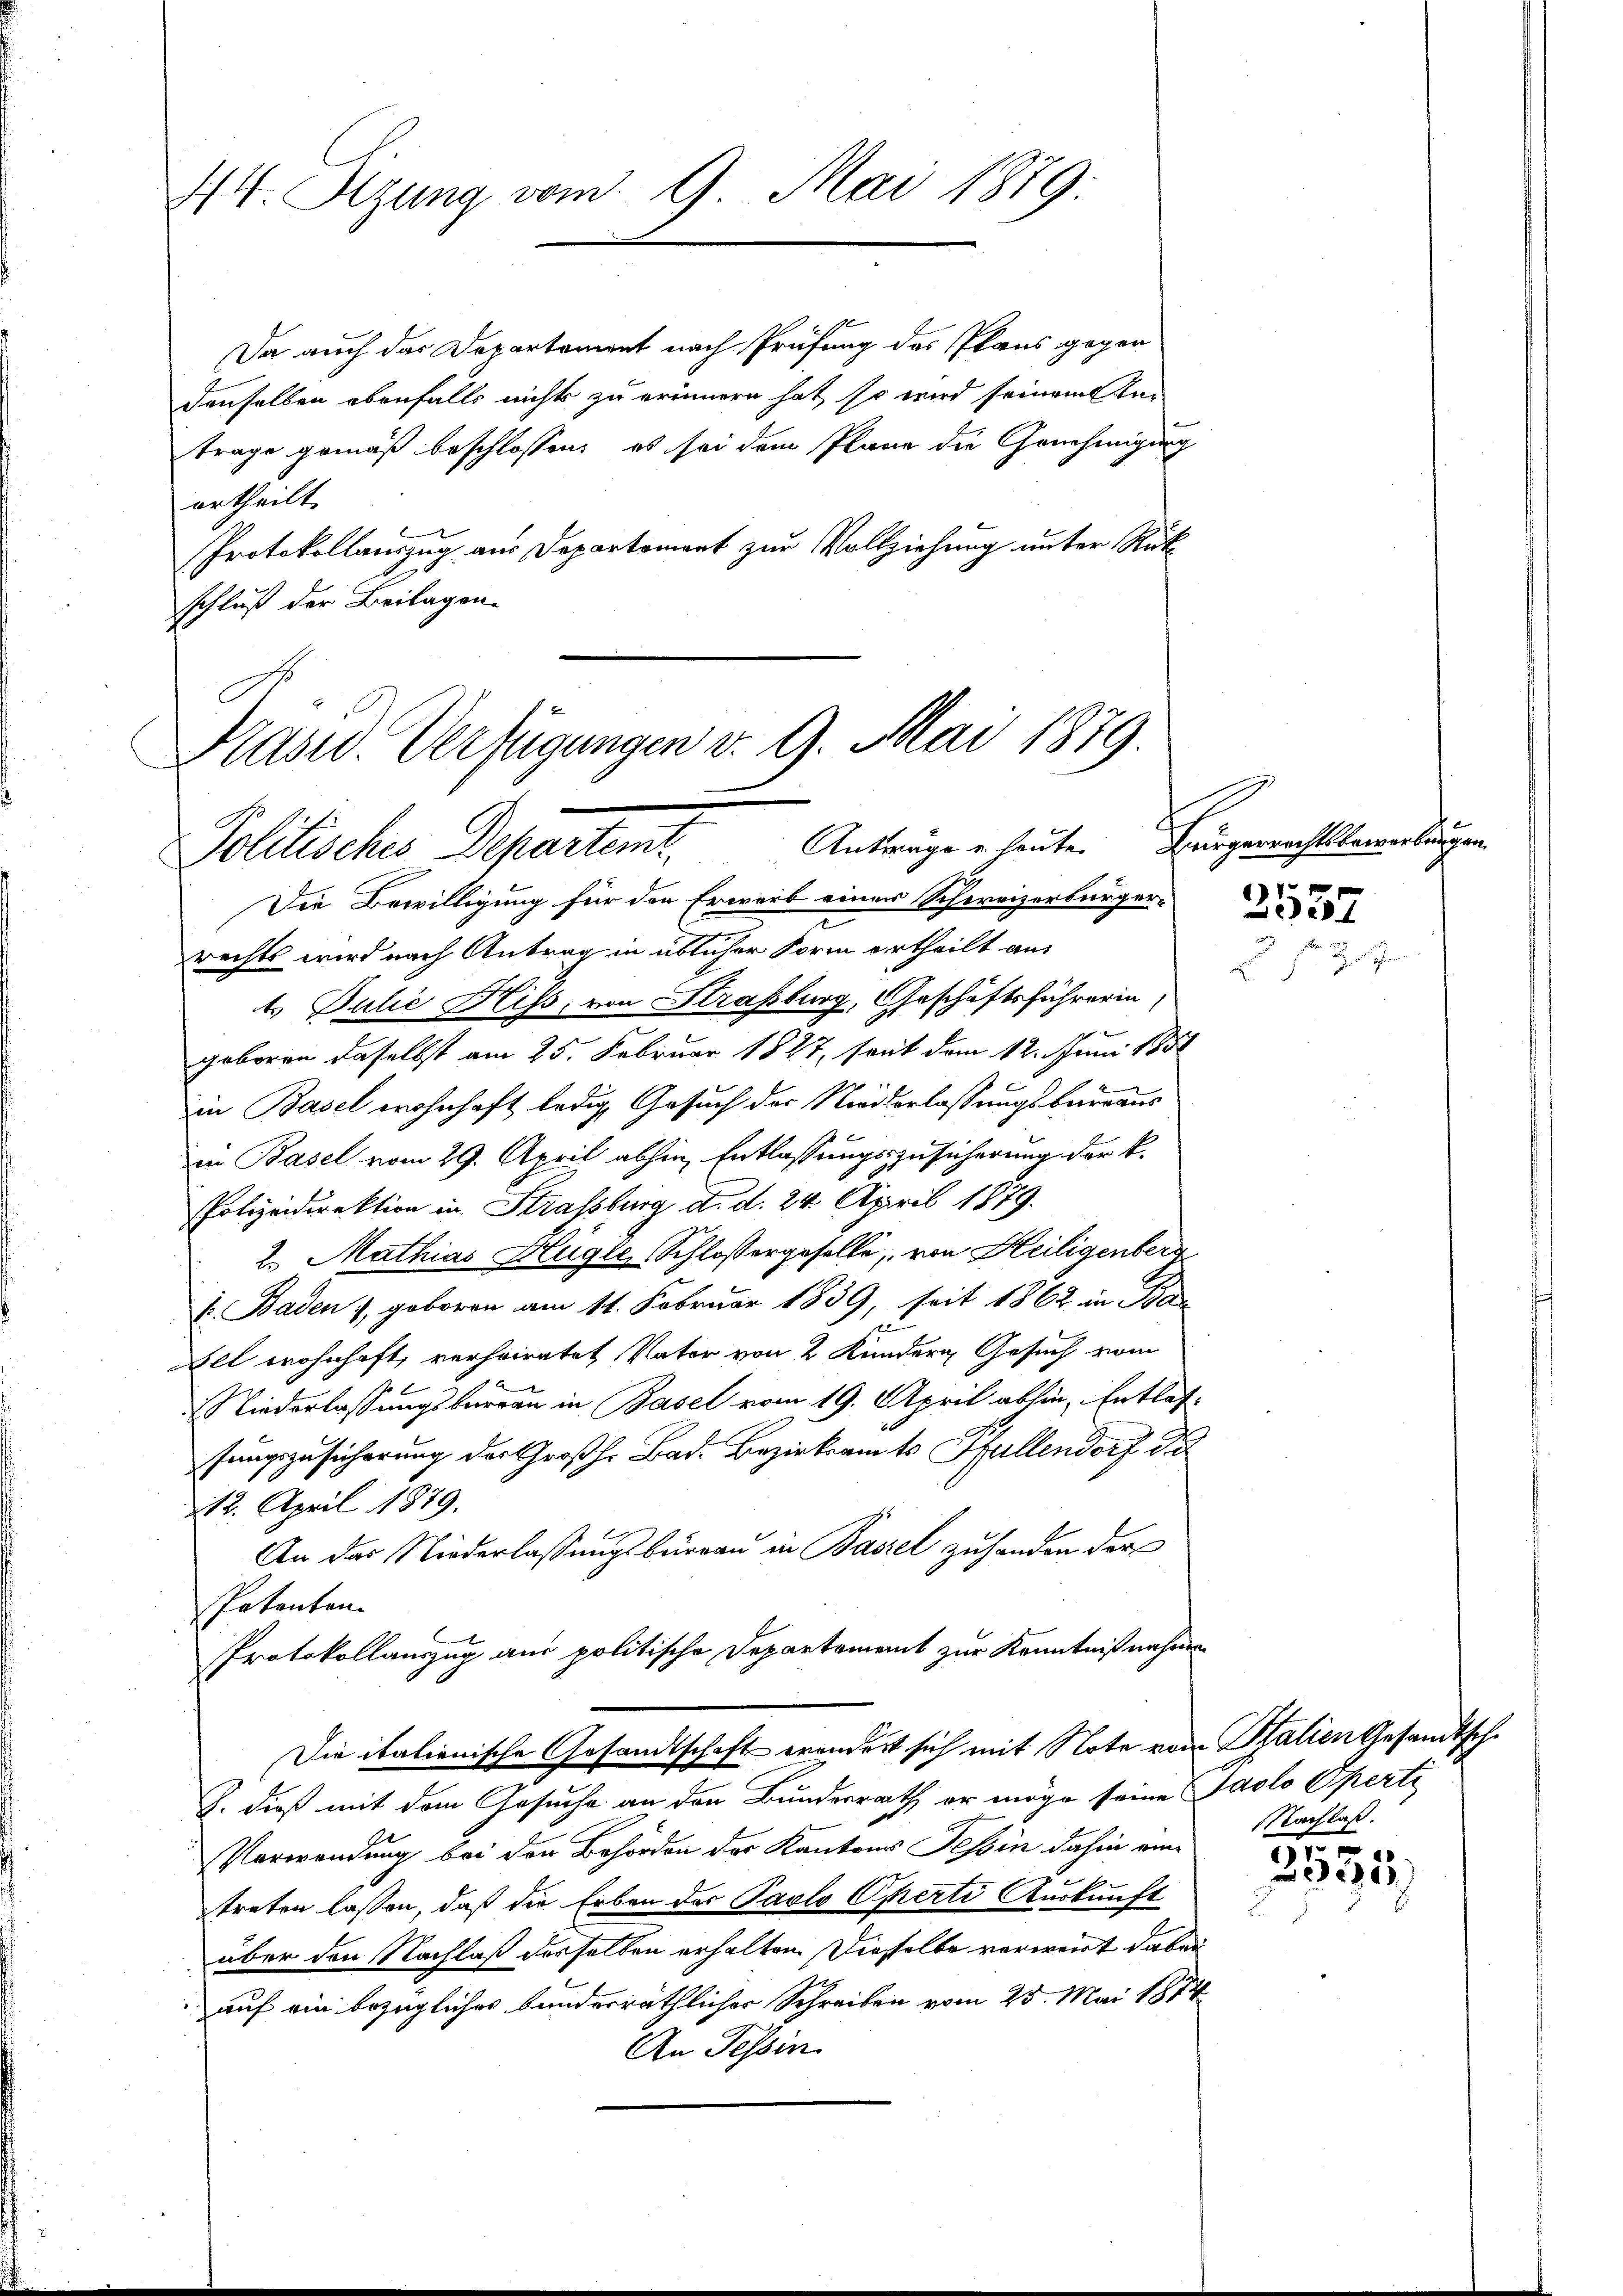
44. Stzung vom 9. Mai 1879:

Hasw. Verfügungen v. 9. Mai 1879.
Politisches Departent. Antragen heuten

Da auch das Departement nach Prüfung des Plans gegen
denselben ebenfalls nichts zu erinnern hat, so wird seinem Kan
trage gemäß beschlossen, es sei dem Plane die Genehmigung
urtheilt.
Protokollauszug aus Departement zur Vollziehung unter Rükschluß der Beilagen.

Die Bewilligung für den Erwarb einer Schweizerbürger-
rechts wird nach Antrag in üblicher Form ertheilt aus
t Julie Riss, von Straßburg, Geschäftsführerin
geboren daselbst am 25. Februar 1827, seit dem 12. Juni 1881
in Basel wohnhaft ledig, Gesuch der Niederlassungsbureaus
in Basel vom 29. April abhin, Entlassungszusicherung der k.
Polizeidirektion in Strassburg d. d. 24. April 1879.
2. Mathias Hügle (Schlossergeselle, von Heiligenberg
V. Baden, geboren am 11. Februar 1839, soit 1862 in Ban
Del wohnhaft, verheiratet, Vater von 2 Kindern Gesuch vom
Niederlassungsbureau in Basel vom 19. April abhin, Entlas-
sungszusicherung des Großh. Bad. Bezirksamts Pfullendorf d
13. April 1879.
An das Niederlassungsburgau in Basel zuhanden der
Patenten.
Protokollauszug aus politische Departement zur Kenntnißnahme
Die italienische Gesandtschaft erandert sich mit Note vom Salien Gesandtsch¬
J. dieß mit dem Gesuche an den Bundesrath er möge seine Paolo Eperte
Verwendung bei der Behörden der Kantons Tessin dahin eine
treten lassen, daß die Erben der Pavlo Certi Auskunft
über den Nachlaß desselben erhalten. Dieselbe verweist dabei
auf ein bezüglicher bundesräthlicher Schreiben vom 25. Mai 1874
An Tessin

Bürgerrechtsbewerlingen.

2537

NNachlaß.

17 x
22)